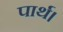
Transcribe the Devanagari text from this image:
पार्थ।